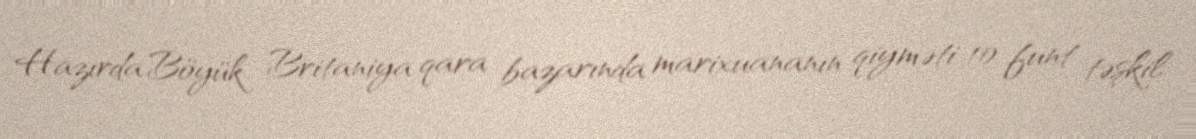
Hazırda Böyük Britaniya qara bazarında marixuananın qiyməti 10 funt təşkil